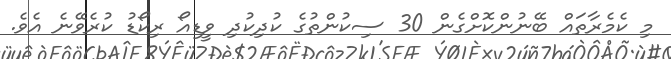
މި ކެމެރާތައް ބޭނުންކޮށްގެން 30 ސިކުންތުގެ ކުދިކުދި ވީޑިއޯ ރިކޯޑު ކުރެވޭނެ އެވެ.